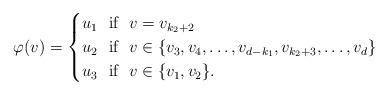
LaTeX: \begin{align*}\varphi(v) = \begin{cases} u_1 \ \ \textrm{if} \ \ v = v_{k_2+2} \\ u_2 \ \ \textrm{if} \ \ v \in \{v_3,v_4, \dots,v_{d-k_1},v_{k_2+3}, \dots,v_d \} \\ u_3 \ \ \textrm{if} \ \ v \in \{v_1, v_2 \}. \\ \end{cases}\end{align*}